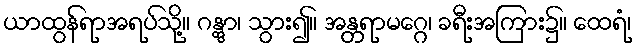
ယာထွန်ရာအရပ်သို့။ ဂန္တွာ၊ သွား၍။ အန္တရာမဂ္ဂေ၊ ခရီးအကြား၌။ ထေရံ၊